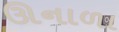
ઊનાળા